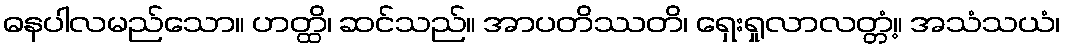
ဓနပါလမည်သော။ ဟတ္ထိ၊ ဆင်သည်။ အာပတိဿတိ၊ ရှေးရှုလာလတ္တံ့။ အသံသယံ၊